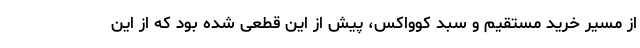
از مسیر خرید مستقیم و سبد کوواکس، پیش از این قطعی شده بود که از این